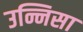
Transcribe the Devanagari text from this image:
उन्निसा